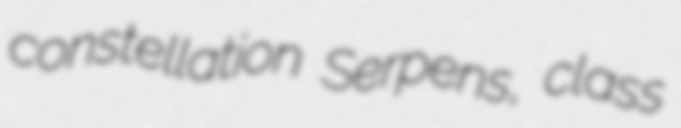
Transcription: constellation Serpens, class